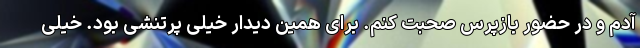
آدم و در حضور بازپرس صحبت کنم. برای همین دیدار خیلی پرتنشی بود. خیلی